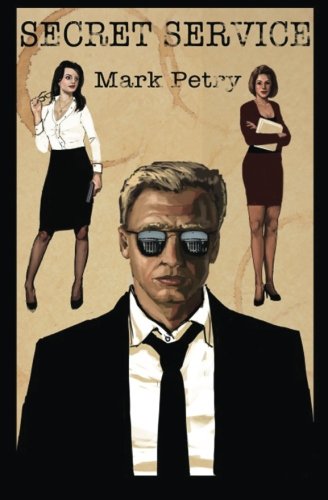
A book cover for Secret Service; Mark Petry; Mystery, Thriller & Suspense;